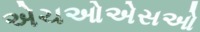
એચઓએસઓ